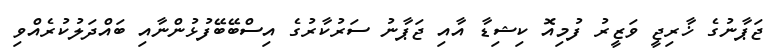
ޖަޕާނުގެ ޚާރިޖީ ވަޒީރު ފުމިއޮ ކިޝިޑާ އާއި ޖަޕާނު ސަރުކާރުގެ އިސްބޭބޭފުޅުންނާއި ބައްދަލުކުރެއްވި